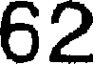
62